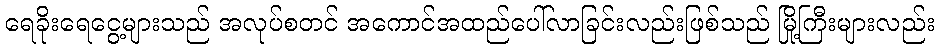
ရေခိုးရေငွေ့များသည် အလုပ်စတင် အကောင်အထည်ပေါ်လာခြင်းလည်းဖြစ်သည် မြို့ကြီးများလည်း